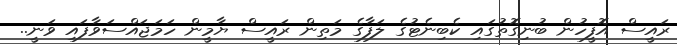
ރައީސް އޮފީހުން ބުނިގޮތުގައި ކެބިނެޓުގެ ލަފާގެ މަތިން ރައީސް ޔާމީން ހަމަޖައްސަވާފައި ވަނީ..